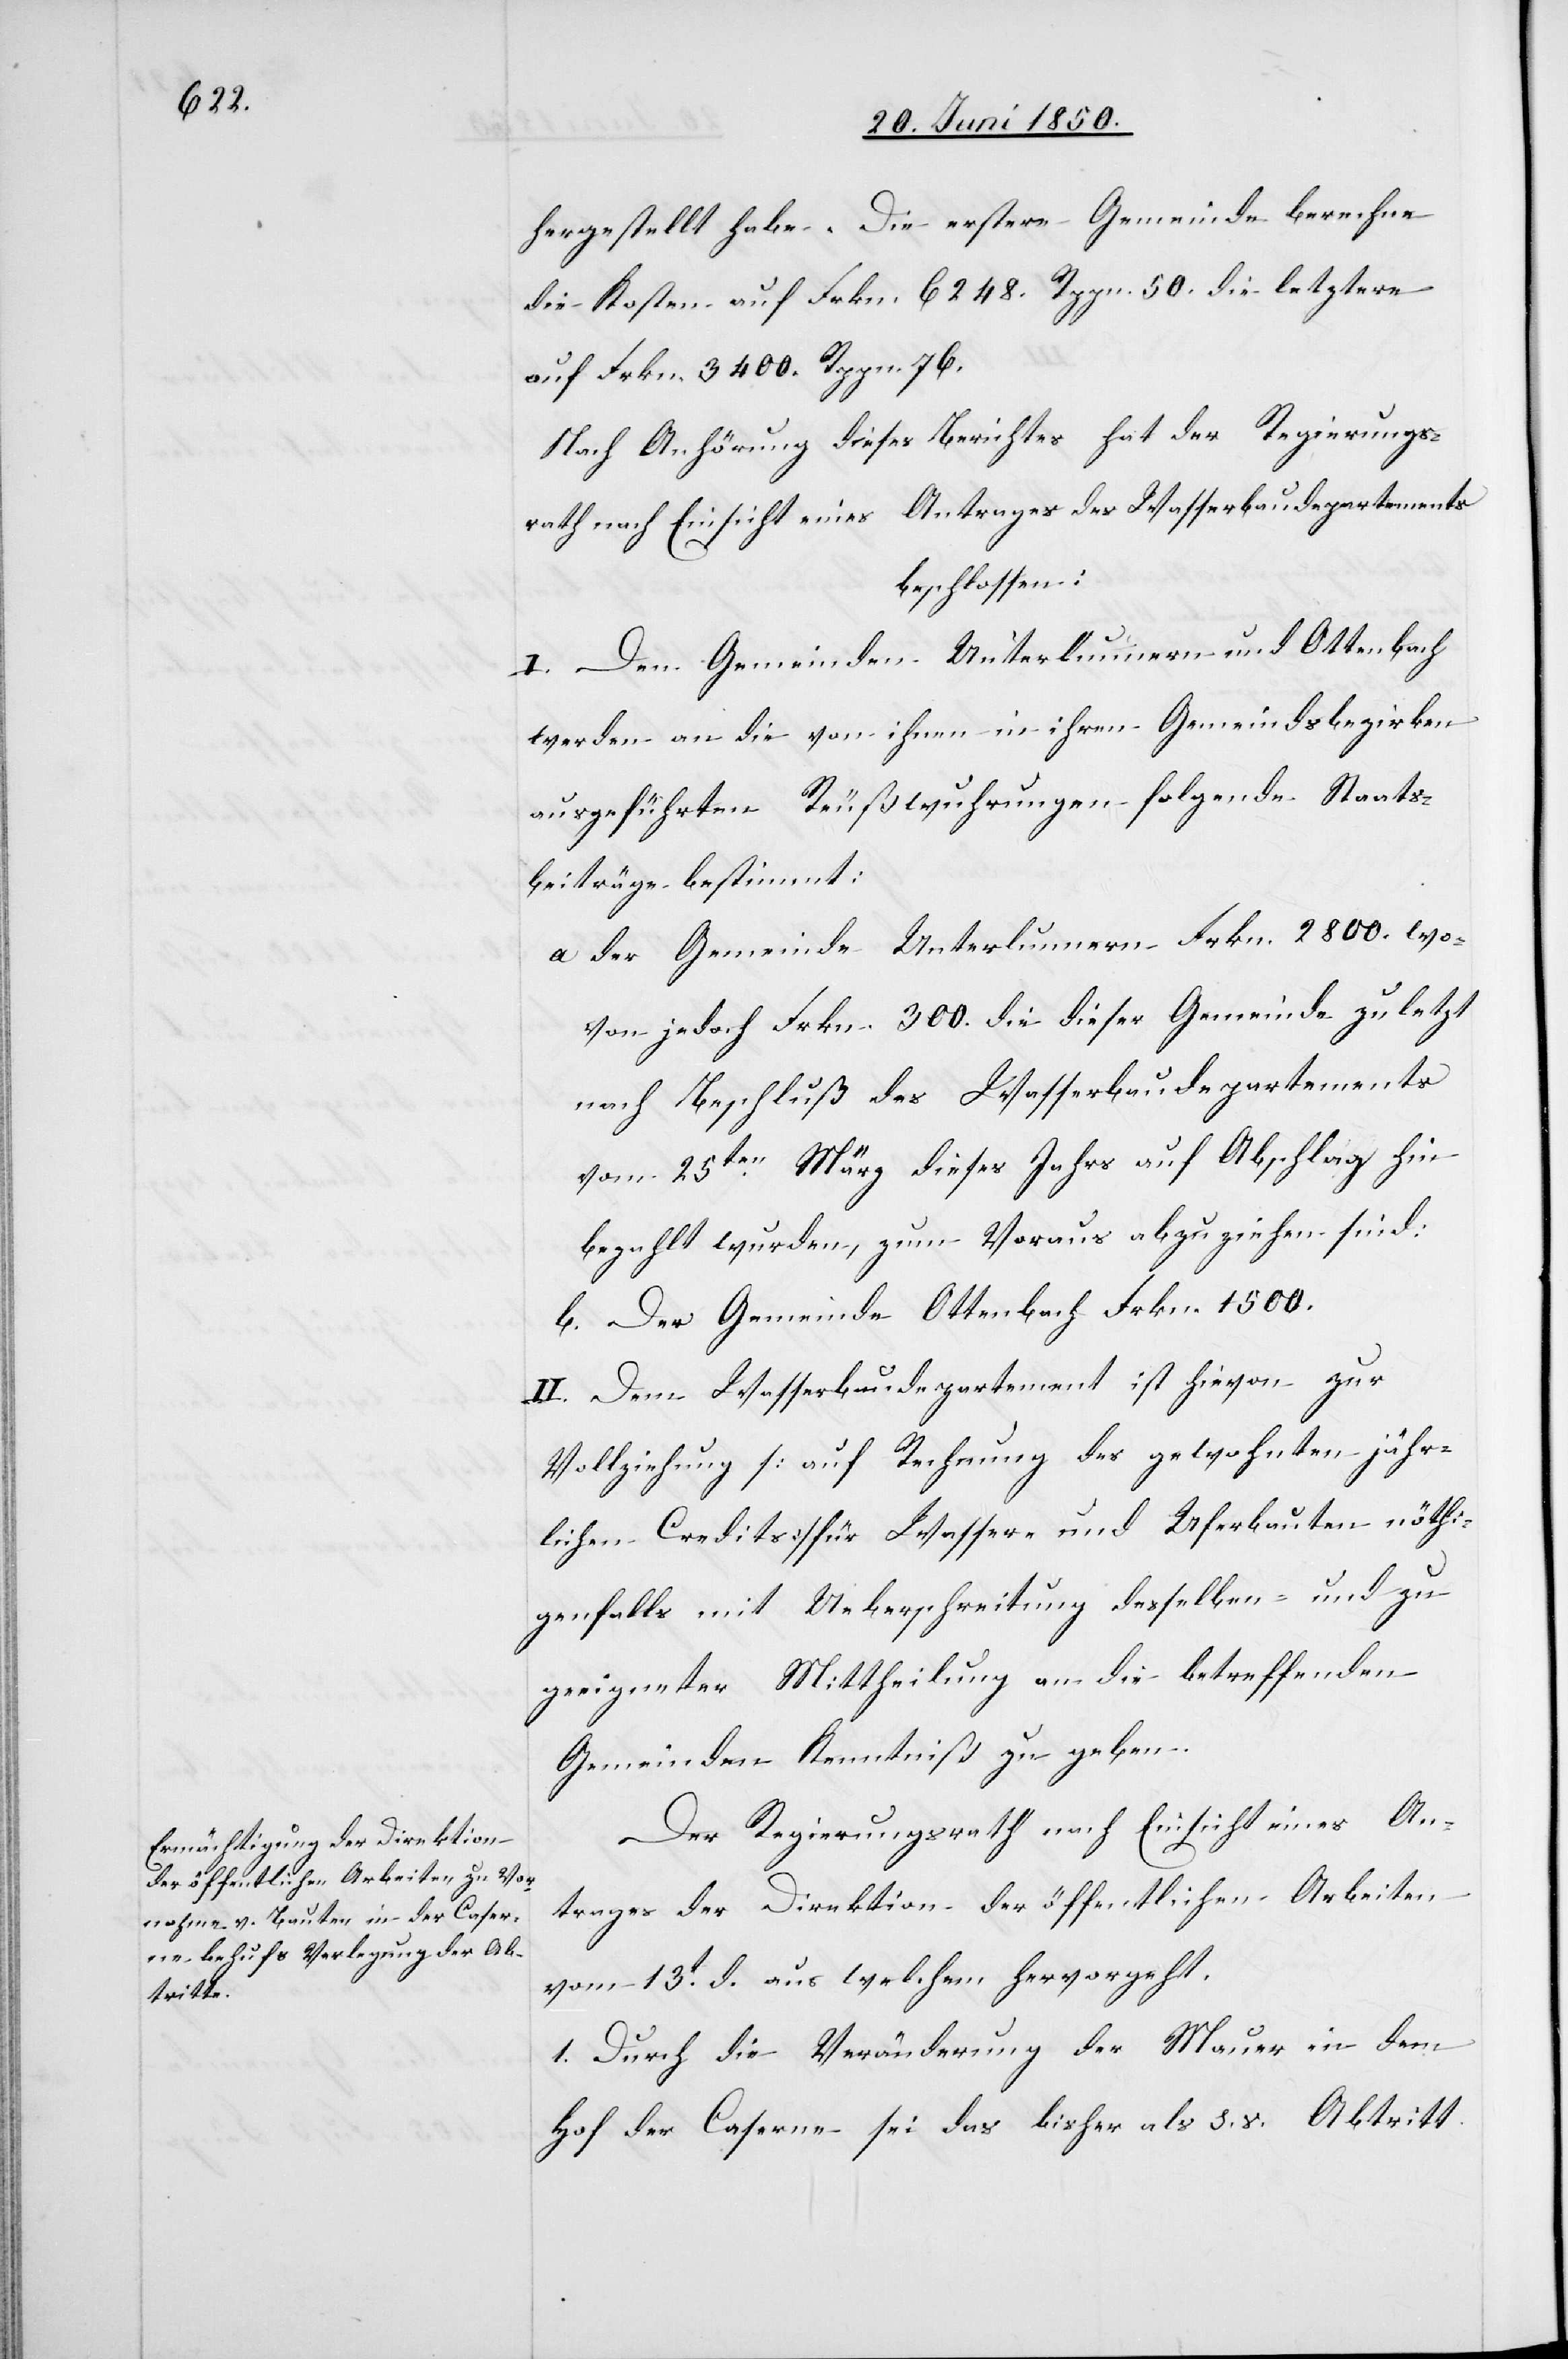
hergestellt habe. Die erstere Gemeinde berechne
die Kosten auf Frkn. 6248. Rppn. 50. die letztere
auf Frkn. 3400. Rppn. 76.
Nach Anhörung dieses Berichtes hat der Regierungs¬
rath nach Einsicht eines Antrages des Wasserbaudepartements
beschlossen:
I. Den Gemeinden Unterlunnern und Ottenbach
werden an die von ihnen in ihren Gemeindsbezirken
ausgeführten Reußwuhrungen folgende Staats¬
beiträge bestimmt:
a der Gemeinde Unterlunnern Frkn. 2800. wo¬
von jedoch Frkn. 300. die dieser Gemeinde zuletzt
nach Beschluß des Wasserbaudepartements
vom 25ten März dieses Jahrs auf Abschlag hin
bezahlt wurden, zum Voraus abzuziehen sind:
b. Der Gemeinde Ottenbach Frkn. 1500.
II. Dem Wasserbaudepartement ist hievon zur
Vollziehung [auf Rechnung des gewohnten jähr¬
lichen Credits] für Wasser- und Uferbauten nöthi¬
genfalls mit Ueberschreitung desselben und zu
geeigneter Mittheilung an die betreffenden
Gemeinden Kenntniß zu geben.
Der Regierungsrath nach Einsicht eines An¬
trages der Direktion der öffentlichen Arbeiten
vom 13t d. aus welchem hervorgeht.
1. Durch die Veränderung der Mauer in dem
Hof der Caserne sei das bisher als s. v. Abtritt